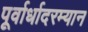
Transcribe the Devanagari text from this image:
पूर्वार्धादरम्यान